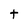
Character: t